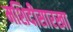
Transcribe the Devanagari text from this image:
मशिदीसारखा